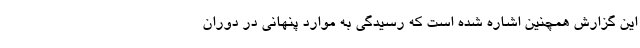
این گزارش همچنین اشاره شده است که رسیدگی به موارد پنهانی در دوران